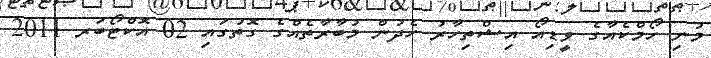
މުނި ހޯމްކެއާގެ ވީޑިއޯ އިޝްތިހާރު ހެދުން މުބާރާތެއްގެ ގޮތުގައި 02 އޮކްޓޯބަރ 2011